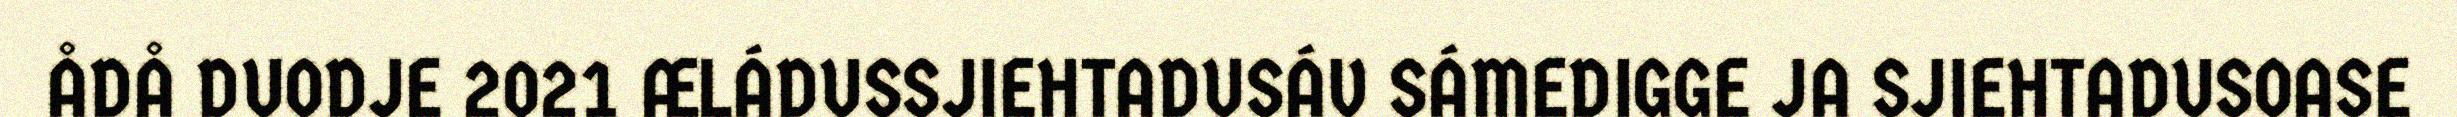
ÅDÅ DUODJE 2021 ÆLÁDUSSJIEHTADUSÁV SÁMEDIGGE JA SJIEHTADUSOASE